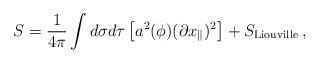
LaTeX: \begin{align*}S = \frac{1}{4\pi}\int d\sigma d\tau \left[ a^2 (\phi)(\partial x_{\parallel})^2 \right]+S_{\rm Liouville}\, ,\end{align*}